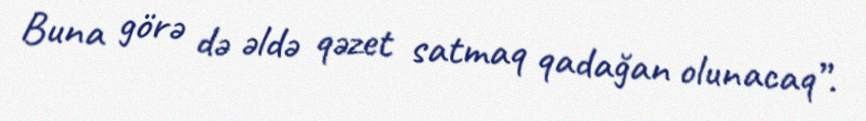
Buna görə də əldə qəzet satmaq qadağan olunacaq”.